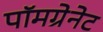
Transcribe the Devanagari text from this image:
पॉमग्रेनेट